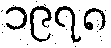
၁၉၇၈